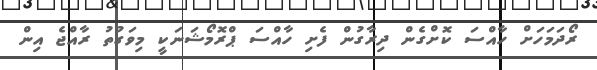
ރޯދަމަހަށް ހާއްސަ ކޮށްގެން ދިރާގުން ފެށި ހާއްސަ ޕްރޮމޯޝަނަކީ މިވަގުތު ރާއްޖެ އިން